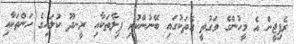
ރެފިޖީން އެ މީހުންގެ ވަގުތީ ގެތަކުގައި ބޭނުންކުރި ފިލާތަކާއި ރީނދޫ ކުލައިގެ ހަންތަކާއި